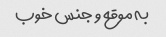
به موقع و جنس خوب